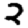
Digit: 2